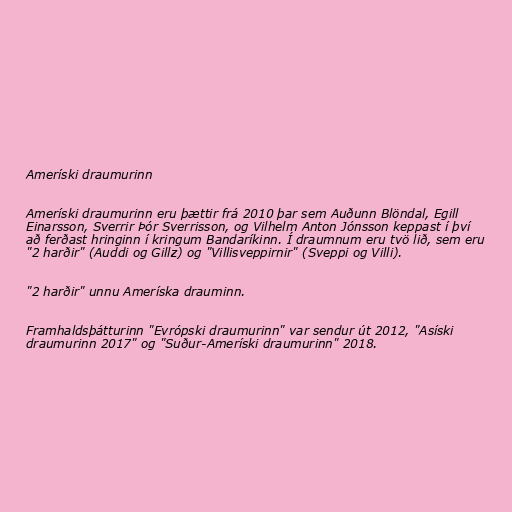
Ameríski draumurinn

Ameríski draumurinn eru þættir frá 2010 þar sem Auðunn Blöndal, Egill
Einarsson, Sverrir Þór Sverrisson, og Vilhelm Anton Jónsson keppast í því
að ferðast hringinn í kringum Bandaríkinn. Í draumnum eru tvö lið, sem eru
"2 harðir" (Auddi og Gillz) og "Villisveppirnir" (Sveppi og Villi).

"2 harðir" unnu Ameríska drauminn.

Framhaldsþátturinn "Evrópski draumurinn" var sendur út 2012, "Asíski
draumurinn 2017" og "Suður-Ameríski draumurinn" 2018.